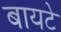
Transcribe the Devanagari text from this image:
बायटे